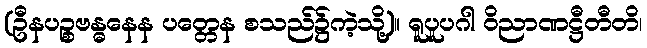
(ဦနပဉ္စဗန္ဓနေန ပတ္တေန စသည်၌ကဲ့သို့)။ ရူပူပဂါ ဝိညာဏဋ္ဌီတီတိ၊